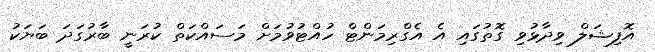
އޮފިޝަލް ވިދާޅުވި ގޮތުގައި އެ އެގްރިމަންޓް ހުއްޓުވުމަށް މަސައްކަތް ކުރަނީ ބާރުގަދަ ބަޔަކު